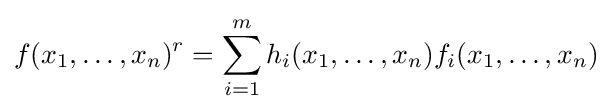
f(x_{1},\dots ,x_{n})^{r}=\sum _{i=1}^{m}h_{i}(x_{1},\dots ,x_{n})f_{i}(x_{1},\dots ,x_{n})